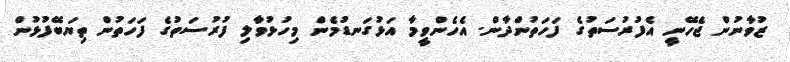
ޒުވާނުން ޖެހޭނީ އެފުރުސަތުގެ ފަހަތުންދާން. އެހެންވީމާ އަޅުގަނޑުމެން މިހުޅުވާލި ފުރުސަތުގެ ފަހަތުން ތިޔަބޭފުޅުން